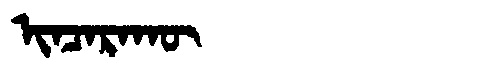
Manchu: ᡳᠨᠴᠠᡵᠠᡴᡡ
Romanization: INCARAKŪ